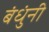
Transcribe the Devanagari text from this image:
बंधुंनी